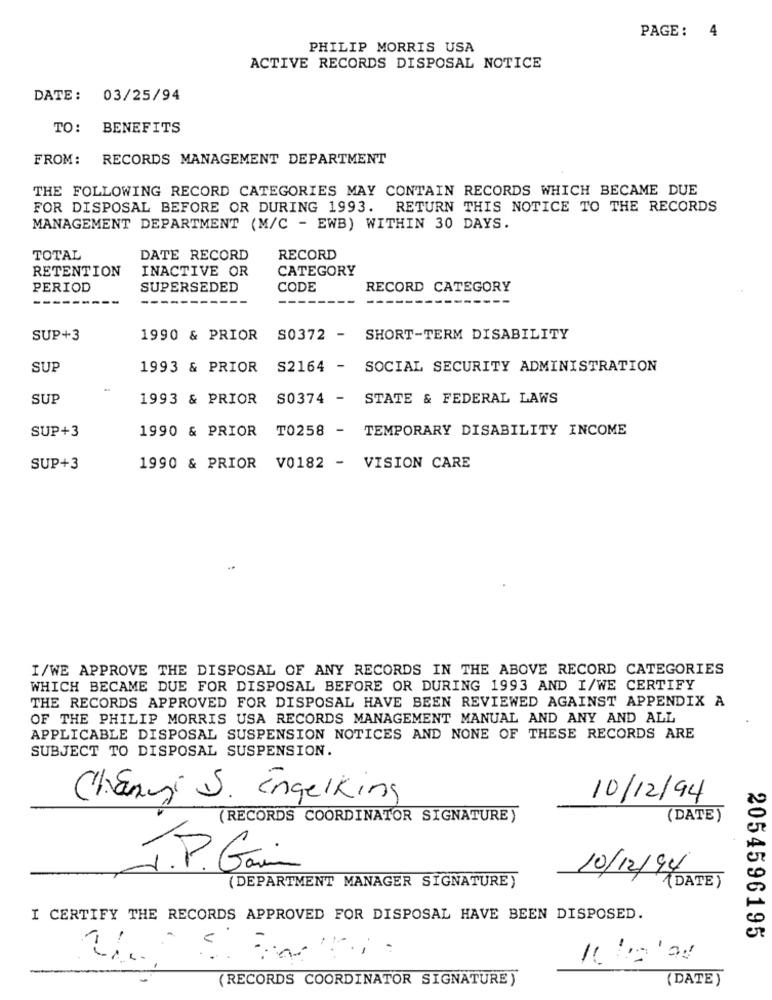
PAGE:
PHILIP MORRIS USA
ACTIVE RECORDS DISPOSAL NOTICE
DATE: 03/25/94
TO: BENEFITS
FROM:
RECORDS MANAGEMENT DEPARTMENT
THE FOLLOWING RECORD CATEGORIES MAY CONTAIN RECORDS WHICH BECAME DUE
FOR DISPOSAL BEFORE OR DURING 1993. RETURN THIS NOTICE TO THE RECORDS
MANAGEMENT DEPARTMENT (M/C - EWB) WITHIN 30 DAYS.
TOTAL
DATE RECORD
RECORD
RETENTION
INACTIVE OR
CATEGORY
PERIOD
SUPERSEDED
CODE
RECORD CATEGORY
SUP+3
1990 & PRIOR
S0372 - SHORT-TERM DISABILITY
SUP
1993 & PRIOR S2164 - SOCIAL SECURITY ADMINISTRATION
SUP
1993 & PRIOR S0374 - STATE & FEDERAL LAWS
1990 & PRIOR TO258 - TEMPORARY DISABILITY INCOME
SUP+3
SUP+3
1990 & PRIOR V0182 - VISION CARE
I/WE APPROVE THE DISPOSAL OF ANY RECORDS IN THE ABOVE RECORD CATEGORIES
WHICH BECAME DUE FOR DISPOSAL BEFORE OR DURING 1993 AND I/WE CERTIFY
THE RECORDS APPROVED FOR DISPOSAL HAVE BEEN REVIEWED AGAINST APPENDIX A
OF THE PHILIP MORRIS USA RECORDS MANAGEMENT MANUAL AND ANY AND ALL
APPLICABLE DISPOSAL SUSPENSION NOTICES AND NONE OF THESE RECORDS ARE
SUBJECT TO DISPOSAL SUSPENSION.
Chenyi S. Engelking
10/12/94
(RECORDS COORDINATOR SIGNATURE)
(DATE)
J.P. Gain
(DEPARTMENT MANAGER SIGNATURE)
10/12/94
(DATE)
I CERTIFY THE RECORDS APPROVED FOR DISPOSAL HAVE BEEN DISPOSED.
2054596195
(RECORDS COORDINATOR SIGNATURE)
(DATE)